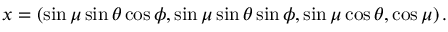
x = \left( \sin \mu \sin \theta \cos \phi , \sin \mu \sin \theta \sin \phi , \sin \mu \cos \theta , \cos \mu \right) .